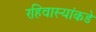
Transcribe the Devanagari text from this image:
रहिवास्यांकडे